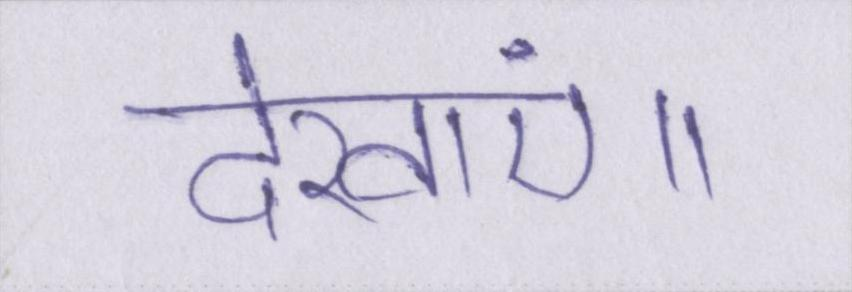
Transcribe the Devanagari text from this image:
देखाएं॥